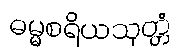
ဓမ္မစရိယသုတ္တံ